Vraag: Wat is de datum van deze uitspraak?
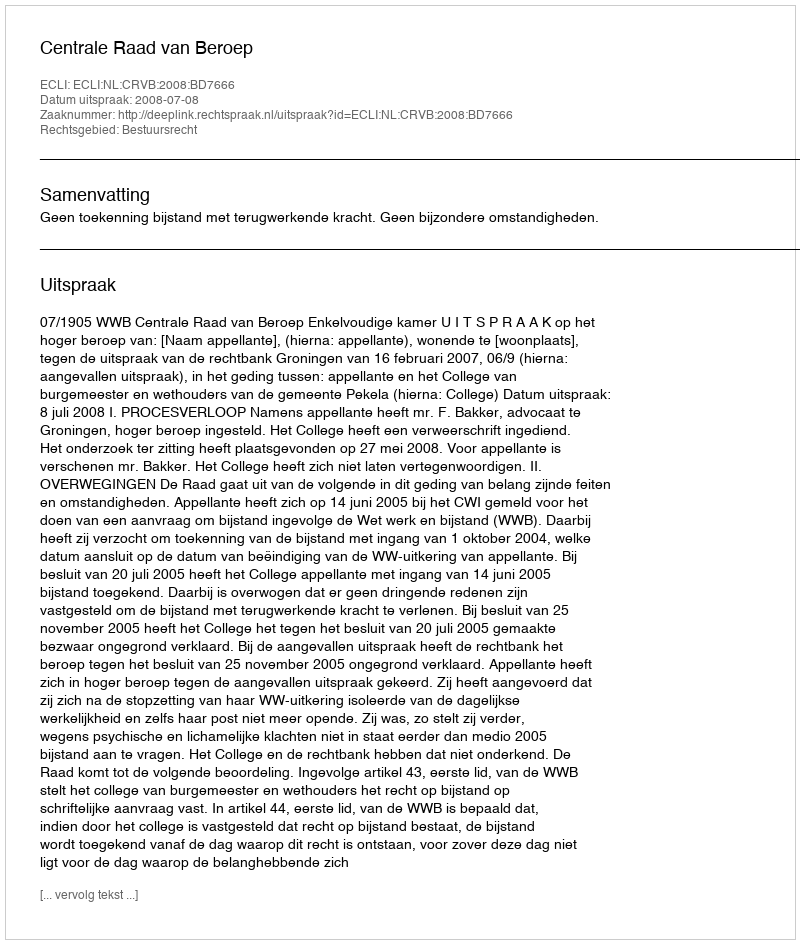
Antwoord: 2008-07-08